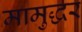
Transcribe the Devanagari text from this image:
मामुद्धर